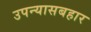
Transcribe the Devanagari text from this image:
उपन्यासबहार